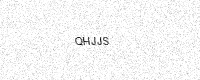
Text: QHJJS